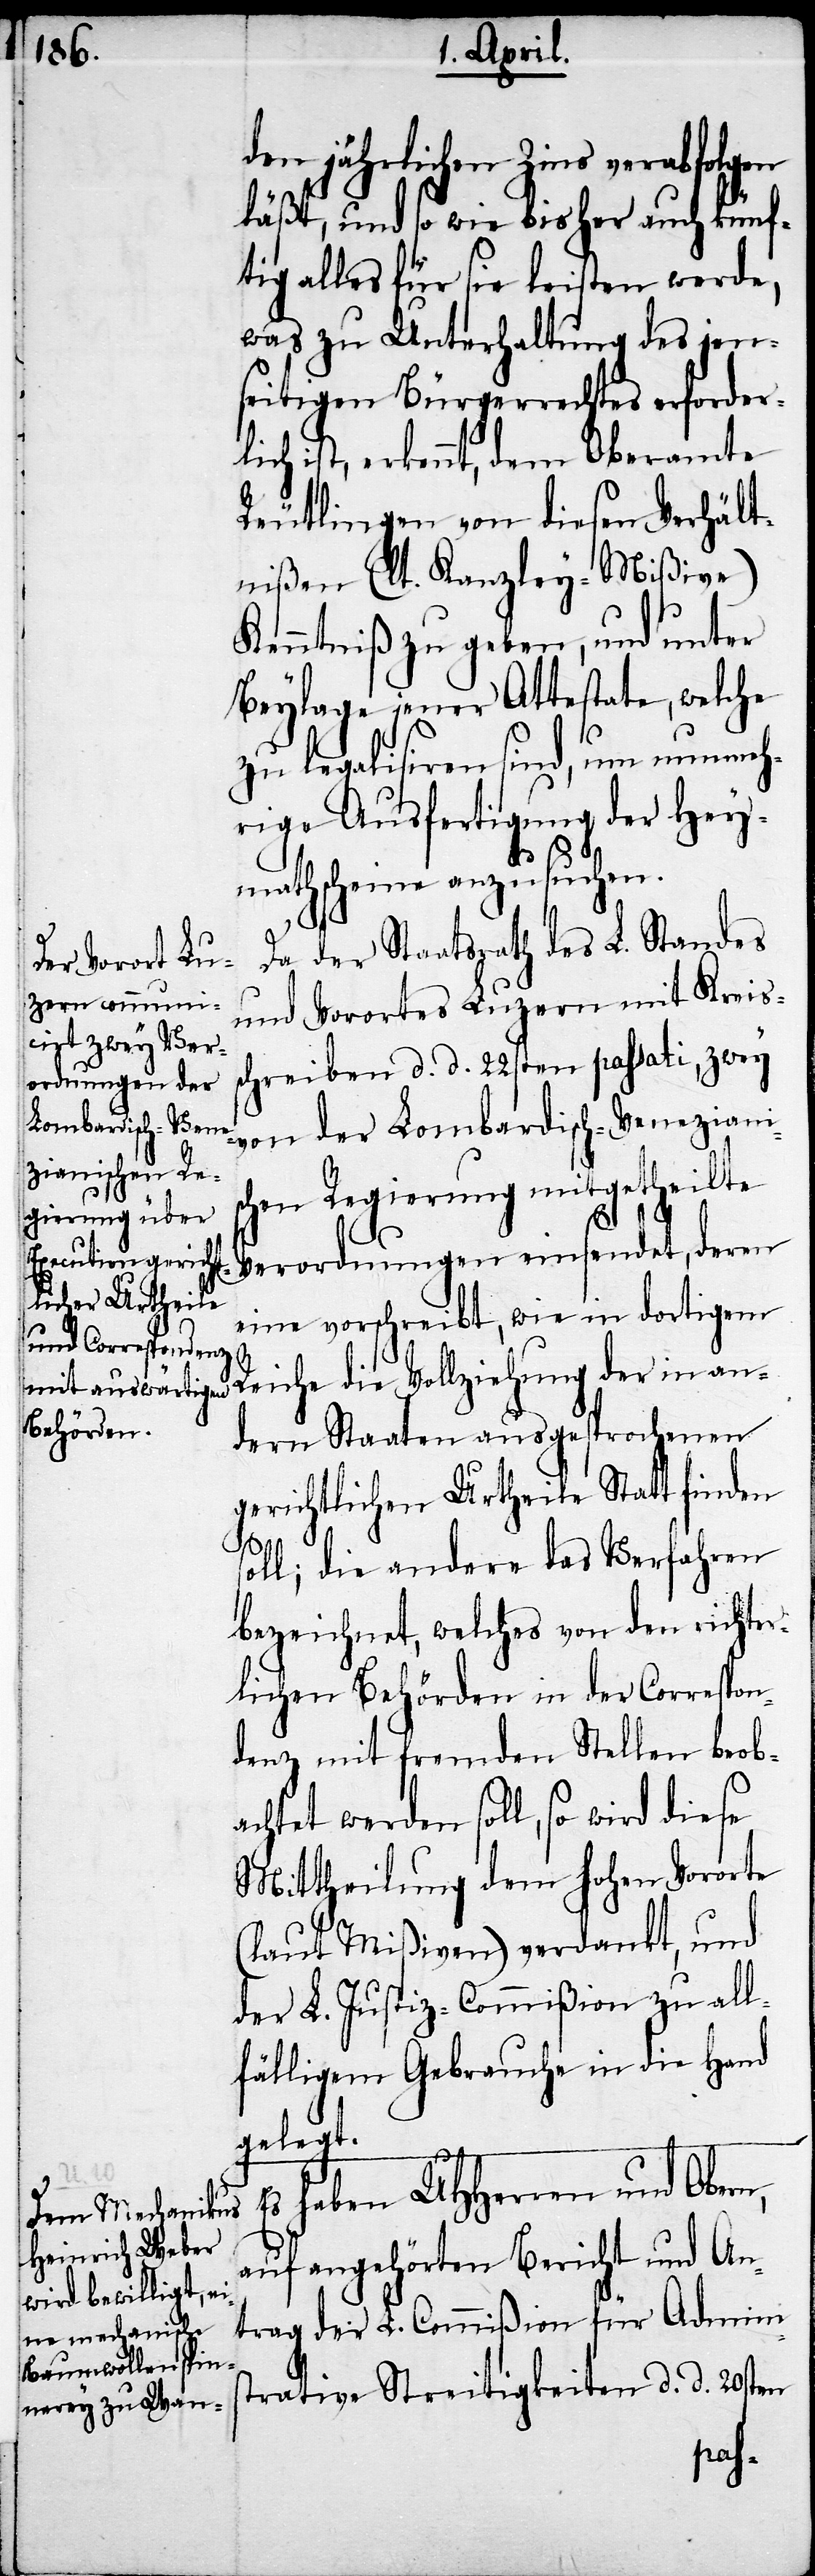
den jährlichen Zins verabfolgen
läßt, und so wie bisher auch künf¬
tig alles für sie leisten werde,
was zu Unterhaltung des jen¬
seitigen Bürgerrechtes erforder¬
lich ist, erkennt, dem Oberamte
Reutlingen von diesen Verhält¬
Kenntniß zu geben, und unter
Beylage jener Attestate, welche
zu legalisiren sind, um nunmeh¬
rige Ausfertigung der Hey¬
s¬
mathscheine anzusuchen.
Da der Staatsrath des L. Standes
der Lombardi¬
und Vorortes Luzern mit Kreis¬
schreiben d. d. 22sten passati, zwey
hen Regierung mitgetheilte
Verordnungen einsendet, deren
eine vorschreibt, wie in dortigem
Reiche die Vollziehung der in an¬
dern Staaten ausgesprochenen
gerichtlichen Urtheile Statt finden
s¬
nißen
oll; die andere das Verfahren
bezeichnet, welches von den richter¬
lichen Behörden in der Correspon¬
denz mit fremden Stellen beob¬
achtet werden soll, so wird diese
Mittheilung dem hohen Vororte
(laut Mißiven) verdankt, und
der L. Justiz-Commißion zu all¬
fälligem Gebrauche in die Hand
gelegt.
haben UHHerren und Obern,
en-Venezianisc¬
auf angehörten Bericht und An¬
trag der L. Commißion für Admini¬
trative Streitigkeiten d. d. 20sten
sch¬